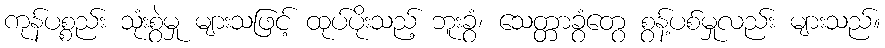
ကုန်ပစ္စည်း သုံးစွဲမှု များသဖြင့် ထုပ်ပိုးသည့် ဘူးခွံ၊ သေတ္တာခွံတွေ စွန့်ပစ်မှုလည်း များသည်။